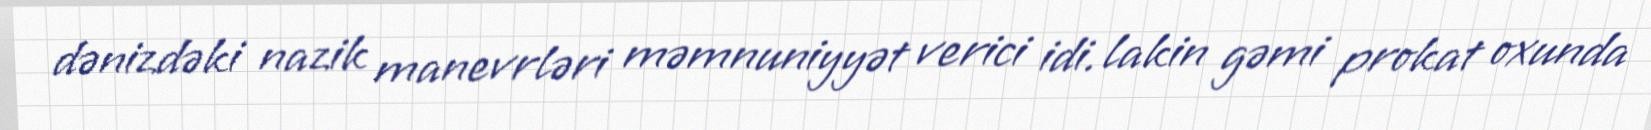
dənizdəki nazik manevrləri məmnuniyyət verici idi. lakin gəmi prokat oxunda